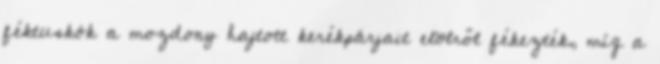
féktuskók a mozdony hajtott kerékpárjait elölről fékezték, míg a